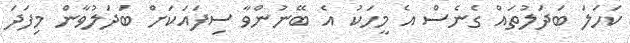
ކަހަލަ ބަދަލުތައް ގެނެސް އެ މީހަކު އެ ބޭނުންވާ ސިފައަކަށް ބަދަލުވާން މިފަދަ